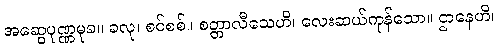
အဆွေပုဏ္ဏမုခ။ ခလု၊ စင်စစ်။ စတ္တာလီသေဟိ၊ လေးဆယ်ကုန်သော။ ဌာနေဟိ၊